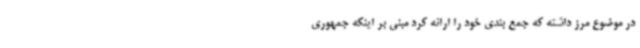
در موضوع مرز داشته که جمع بندی خود را ارائه کرد مبنی بر اینکه جمهوری